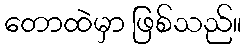
တောထဲမှာ ဖြစ်သည်။